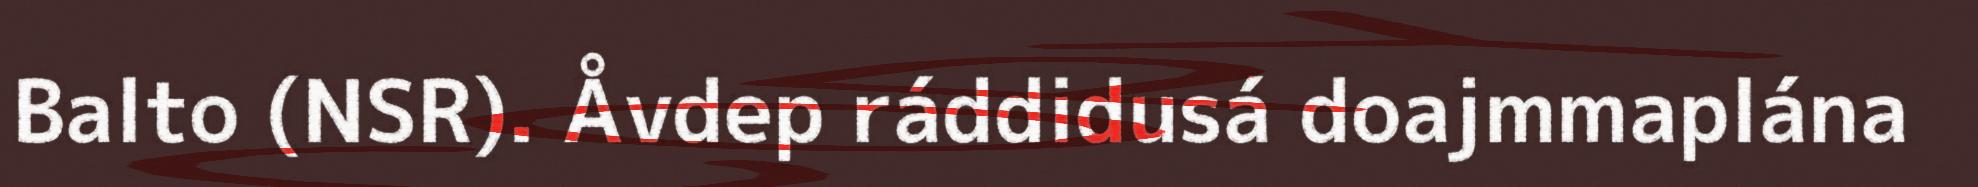
Balto (NSR). Åvdep ráddidusá doajmmaplána